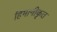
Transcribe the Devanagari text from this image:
हिमानीकृत